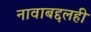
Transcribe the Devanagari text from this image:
नावाबद्दलही